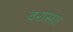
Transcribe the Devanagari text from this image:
वरासत